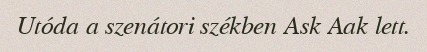
Utóda a szenátori székben Ask Aak lett.